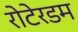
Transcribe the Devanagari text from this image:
रोटेरडम